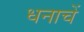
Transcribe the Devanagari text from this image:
धनाचें